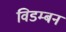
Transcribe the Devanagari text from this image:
विडम्बन